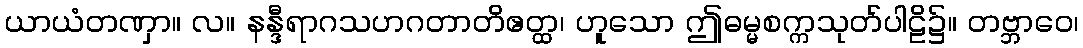
ယာယံတဏှာ။ လ။ နန္ဒီရာဂသဟဂတာတိဧတ္ထ၊ ဟူသော ဤဓမ္မစက္ကသုတ်ပါဠိ၌။ တဗ္ဘာဝေ၊